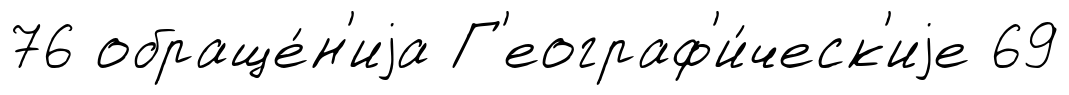
76 обраще́н'иjа Г'еограф'и́ческ'иjе 69